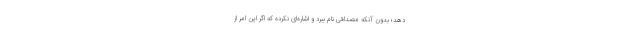
دهد؛ بدون آنکه مصداقی نام ببرد و اشاره‌ای نکرده که اگر این امر از